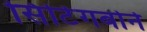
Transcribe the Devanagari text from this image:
सिटिंगबोर्न